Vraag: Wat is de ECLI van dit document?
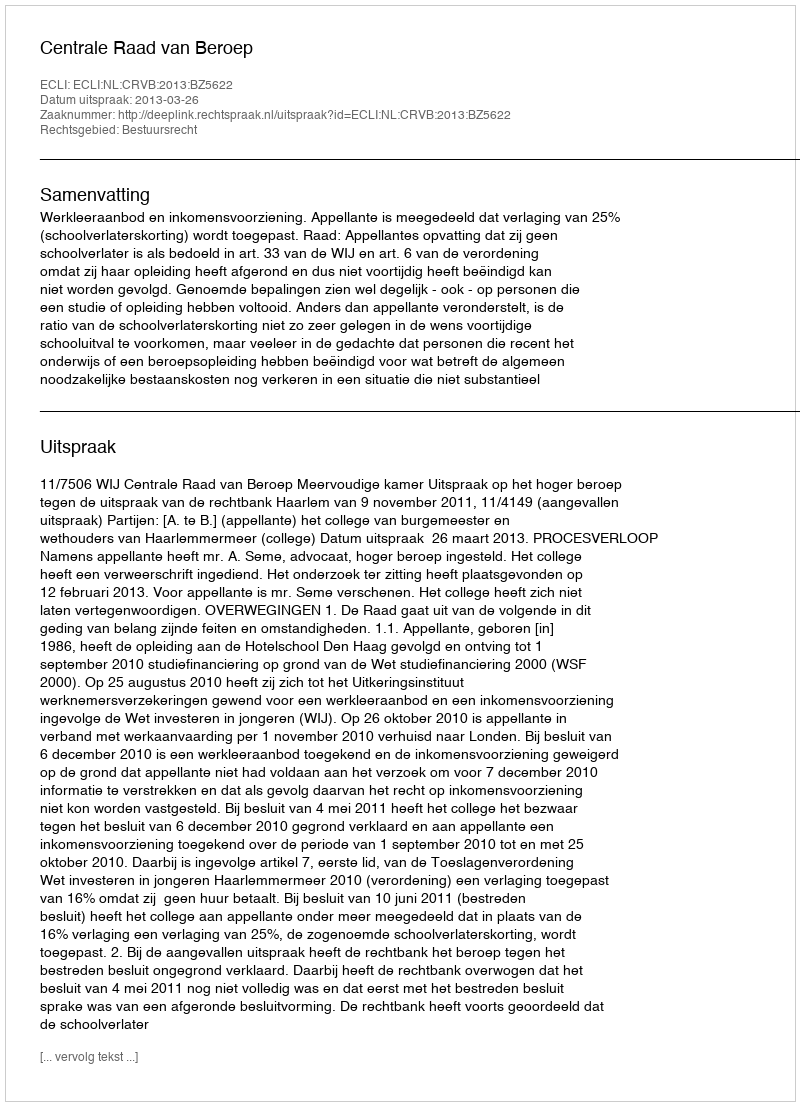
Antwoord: ECLI:NL:CRVB:2013:BZ5622